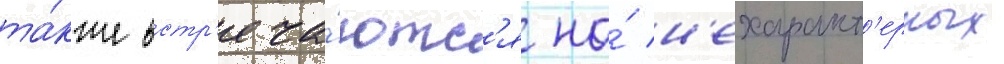
та́кже встр'еча́ютс'я на́ н'ехаракт'ерных